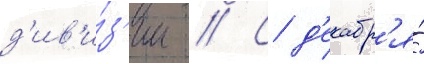
д'ив'и́з'ии // С д'екабр'я́